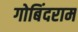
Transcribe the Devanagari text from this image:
गोबिंदराम